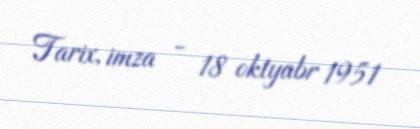
Tarix, imza - 18 oktyabr 1951